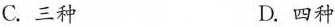
C.三种 D.四种